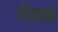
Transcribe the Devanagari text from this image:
मेअड